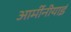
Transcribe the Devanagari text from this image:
आर्मीनीयाई